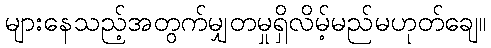
များနေသည့်အတွက်မျှတမှုရှိလိမ့်မည်မဟုတ်ချေ။